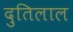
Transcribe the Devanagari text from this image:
दुतिलाल